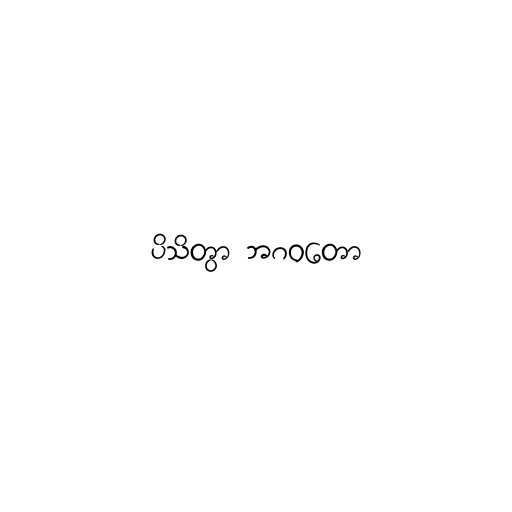
ပိသိတွာ ဘဂဝတော